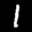
Label: 1